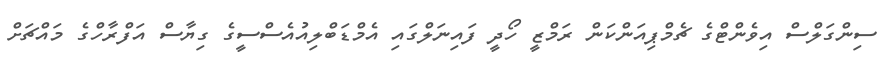
ސިންގަލްސް އިވެންޓްގެ ޗެމްޕިއަންކަން ރަމްޒީ ހޯދީ ފައިނަލްގައި އެމްޑަބްލިއުއެސްސީގެ ގިޔާސް އަފްރާހްގެ މައްޗަށް